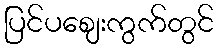
ပြင်ပဈေးကွက်တွင်